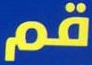
قم